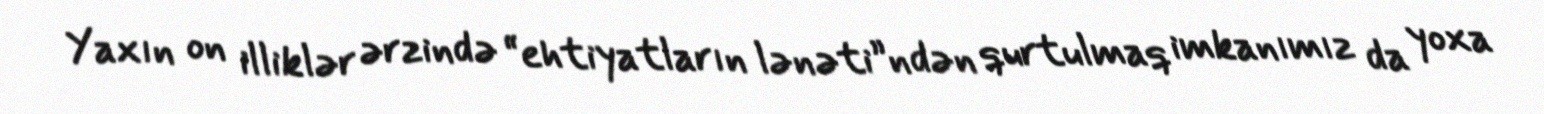
Yaxın on illiklər ərzində “ehtiyatların lənəti”ndən qurtulmaq imkanımız da yoxa